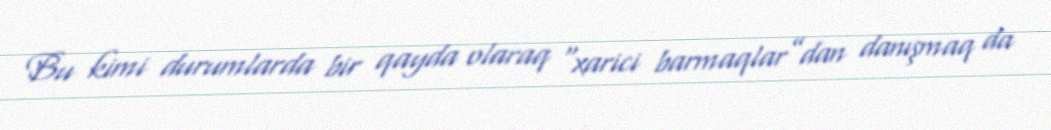
Bu kimi durumlarda bir qayda olaraq “xarici barmaqlar”dan danışmaq da